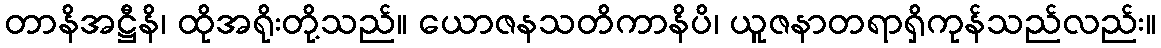
တာနိအဋ္ဌီနိ၊ ထိုအရိုးတို့သည်။ ယောဇနသတိကာနိပိ၊ ယူဇနာတရာရှိကုန်သည်လည်း။